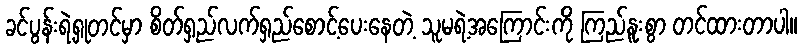
ခင်ပွန်းရဲ့ရှုတင်မှာ စိတ်ရှည်လက်ရှည်စောင့်ပေးနေတဲ့ သူမရဲ့အကြောင်းကို ကြည်နူးစွာ တင်ထားတာပါ။